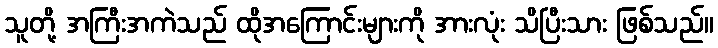
သူတို့ အကြီးအကဲသည် ထိုအကြောင်းများကို အားလုံး သိပြီးသား ဖြစ်သည်။